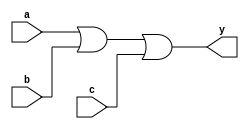
module th13_ref (y,a,b,c);
 output y;
 input a;
 input b;
 input c;
 assign  #1 y =  a | b | c;
endmodule